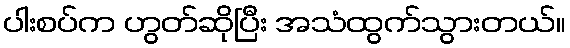
ပါးစပ်က ဟွတ်ဆိုပြီး အသံထွက်သွားတယ်။